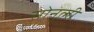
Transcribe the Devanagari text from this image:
सोनुली